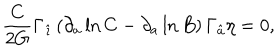
LaTeX: { \frac { C } { 2 G } } \Gamma _ { \hat { \imath } } \left( \partial _ { a } \ln C - \partial _ { a } \ln B \right) \Gamma _ { \hat { a } } \eta = 0 ,